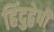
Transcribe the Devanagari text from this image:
हिंदुद्वेषी